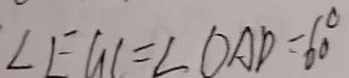
\angle E G C = \angle O A D = 6 0 ^ { \circ }